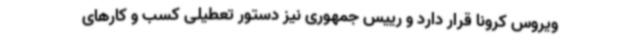
ویروس کرونا قرار دارد و رییس جمهوری نیز دستور تعطیلی کسب و کارهای